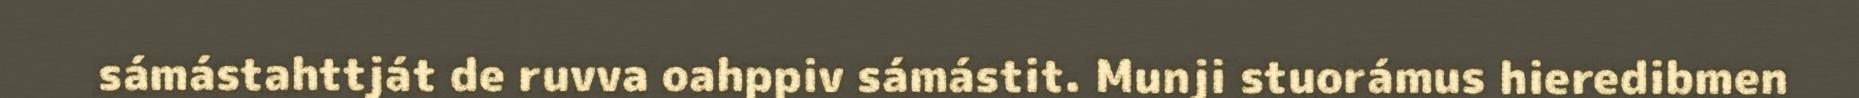
sámástahttját de ruvva oahppiv sámástit. Munji stuorámus hieredibmen